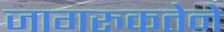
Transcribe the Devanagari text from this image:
जागरुकतेने